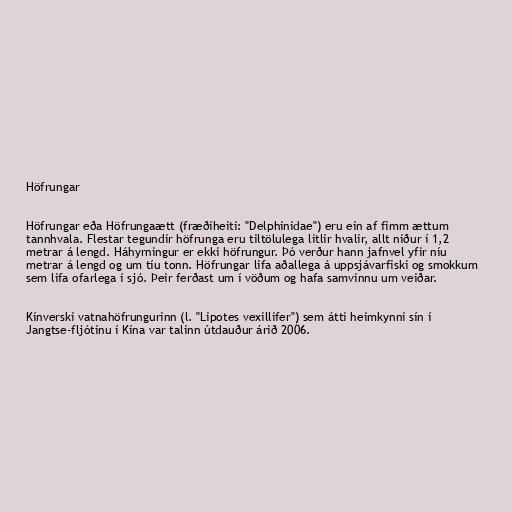
Höfrungar

Höfrungar eða Höfrungaætt (fræðiheiti: "Delphinidae") eru ein af fimm ættum
tannhvala. Flestar tegundir höfrunga eru tiltölulega litlir hvalir, allt niður í 1,2
metrar á lengd. Háhyrningur er ekki höfrungur. Þó verður hann jafnvel yfir níu
metrar á lengd og um tíu tonn. Höfrungar lifa aðallega á uppsjávarfiski og smokkum
sem lifa ofarlega í sjó. Þeir ferðast um í vöðum og hafa samvinnu um veiðar.

Kínverski vatnahöfrungurinn (l. "Lipotes vexillifer") sem átti heimkynni sín í
Jangtse-fljótinu í Kína var talinn útdauður árið 2006.